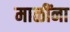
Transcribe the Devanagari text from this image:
माळींना